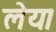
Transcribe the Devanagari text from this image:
लेय।